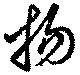
揚